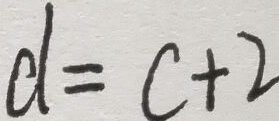
d = c + 2